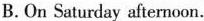
B. On Saturday afternoon.